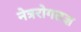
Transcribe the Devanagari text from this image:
नेत्ररोगतज्ञ